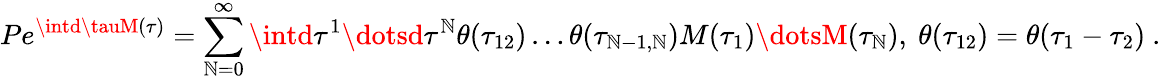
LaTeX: Pe^{\intd\tauM(\tau)}=\sum_{\mathbb{N}=0}^{\infty}\intd\tau^{1}\dotsd\tau^{\mathbb{N}}\theta(\tau_{12})\dots\theta(\tau_{\mathbb{N}-1,\mathbb{N}})M(\tau_{1})\dotsM(\tau_{\mathbb{N}}),\ \theta(\tau_{12})=\theta(\tau_{1}-\tau_{2})\ .